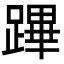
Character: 蹕